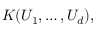
K ( U _ { 1 } , \dots , U _ { d } ) ,